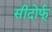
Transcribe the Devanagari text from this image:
सीदोर्फ्